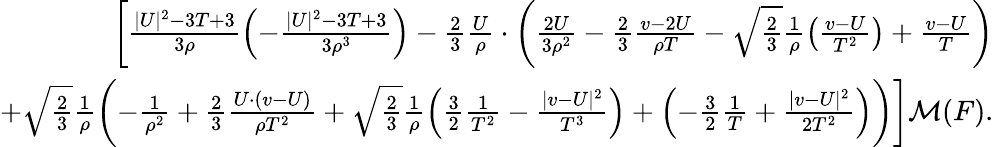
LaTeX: \begin{array}{r}{\bigg[\frac{|U|^{2}-3T+3}{3\rho}\left(-\frac{|U|^{2}-3T+3}{3\rho^{3}}\right)-\frac{2}{3}\frac{U}{\rho}\cdot\left(\frac{2U}{3\rho^{2}}-\frac{2}{3}\frac{v-2U}{\rho T}-\sqrt{\frac{2}{3}}\frac{1}{\rho}\left(\frac{v-U}{T^{2}}\right)+\frac{v-U}{T}\right)}\\ {+\sqrt{\frac{2}{3}}\frac{1}{\rho}\left(-\frac{1}{\rho^{2}}+\frac{2}{3}\frac{U\cdot(v-U)}{\rho T^{2}}+\sqrt{\frac{2}{3}}\frac{1}{\rho}\left(\frac{3}{2}\frac{1}{T^{2}}-\frac{|v-U|^{2}}{T^{3}}\right)+\left(-\frac{3}{2}\frac{1}{T}+\frac{|v-U|^{2}}{2T^{2}}\right)\right)\bigg]\mathcal{M}(F).}\end{array}